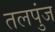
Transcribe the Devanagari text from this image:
तलपुंज